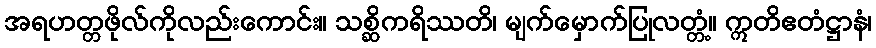
အရဟတ္တဖိုလ်ကိုလည်းကောင်း။ သစ္ဆိကရိဿတိ၊ မျက်မှောက်ပြုလတ္တံ့။ ဣတိဧတံဋ္ဌာနံ၊